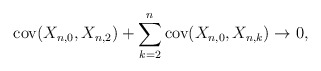
\begin{align*}\mathrm{cov}(X_{n,0},X_{n,2})+\sum_{k=2}^{n}\mathrm{cov}(X_{n,0},X_{n,k})\rightarrow0, \end{align*}